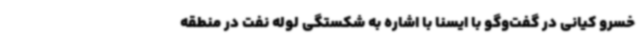
خسرو کیانی در گفت‌وگو با ایسنا با اشاره به شکستگی لوله نفت در منطقه